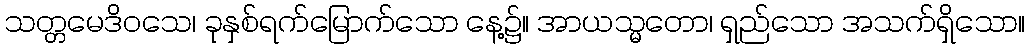
သတ္တမေဒိဝသေ၊ ခုနှစ်ရက်မြောက်သော နေ့၌။ အာယသ္မတော၊ ရှည်သော အသက်ရှိသော။